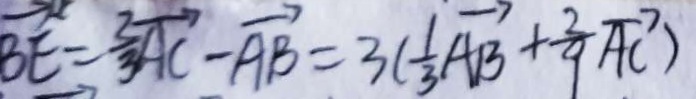
\overrightarrow { B E } = \frac { 2 } { 3 } \overrightarrow { A C } - \overrightarrow { A B } = 3 ( \frac { 1 } { 3 } \overrightarrow { A B } + \frac { 2 } { 9 } \overrightarrow { A C } )